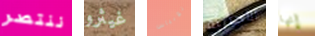
ننتصر غيثرو توبياس الأجنبية إنها